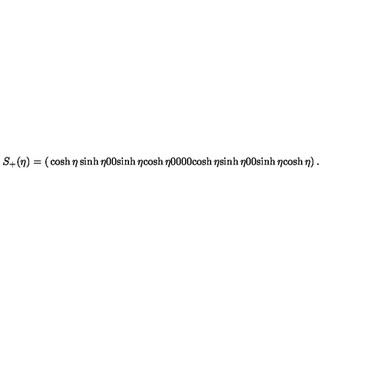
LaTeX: S _ { + } ( \eta ) = \left( \begin{matrix} { \cosh \eta } & { \sinh \eta } & { 0 } & { 0 } \\ { \sinh \eta } & { \cosh \eta } & { 0 } & { 0 } \\ { 0 } & { 0 } & { \cosh \eta } & { \sinh \eta } \\ { 0 } & { 0 } & { \sinh \eta } & { \cosh \eta } \\ \end{matrix} \right) .